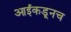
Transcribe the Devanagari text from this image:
आईकडूनच